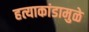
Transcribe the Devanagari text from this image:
हत्याकांडामुळे